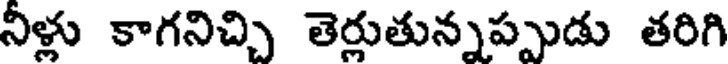
నిళ్లు కాగనిచ్చి తెర్లుతున్నప్పుడు తరిగి